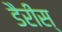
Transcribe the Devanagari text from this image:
डैरीस्